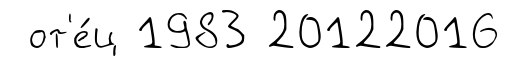
от'е́ц 1983 20122016